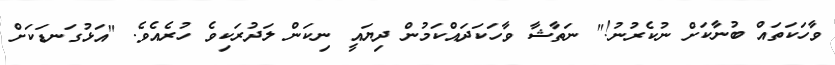
ވާހަކަތައް ބުނާކަށް ނުކެރުނު!" ނަތާޝާ ވާހަކަދައްކަމުން ދިޔައީ ނިކަން ލަދުރަކިވެ ހުރެއެވެ. "އަޅުގަނޑަކަށް